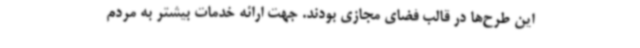
این طرح‌ها در قالب فضای مجازی بودند. جهت ارائه خدمات بیشتر به مردم